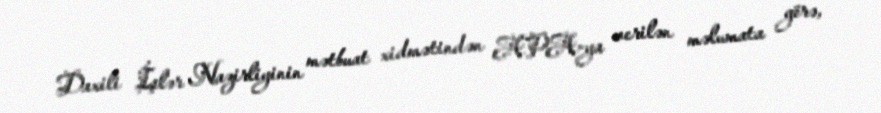
Daxili İşlər Nazirliyinin mətbuat xidmətindən APA-ya verilən məlumata görə,